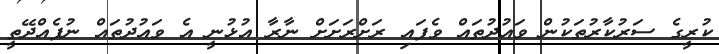
ކުރީގެ ސަރުކާރުތަކުން ވައުދުތައް ވެފައި ރަށްރަށަށް ނާރާ އުޅުނީ އެ ވައުދުތައް ނުފެއްދޭތީ